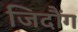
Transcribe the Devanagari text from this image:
जिदौंग